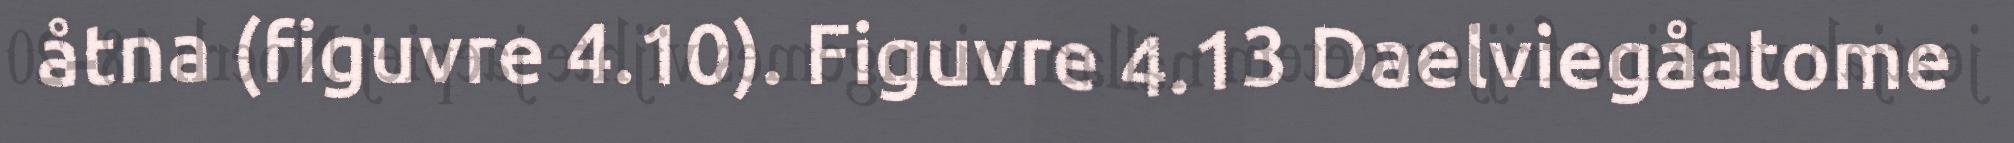
åtna (figuvre 4.10). Figuvre 4.13 Daelviegåatome